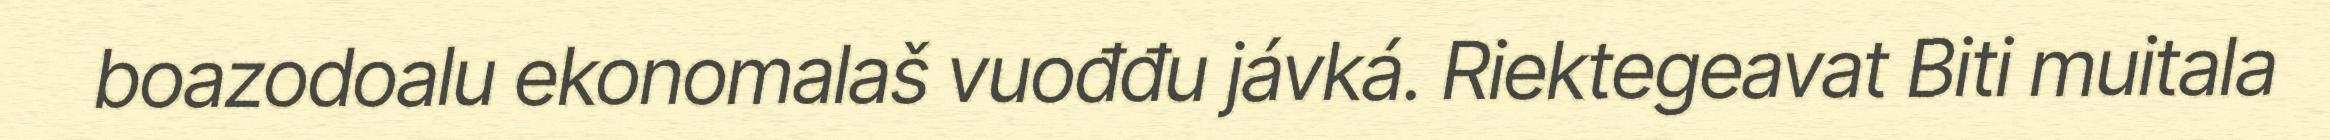
boazodoalu ekonomalaš vuođđu jávká. Riektegeavat Biti muitala